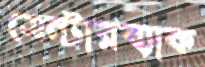
সেন্টারব্যাক